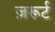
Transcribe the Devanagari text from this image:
ज़रूर्ट